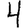
Digit: 4